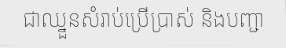
ជាឈ្នួនសំរាប់ប្រើប្រាស់ និងបញ្ជា